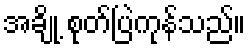
အချို့ စုတ်ပြဲကုန်သည်။